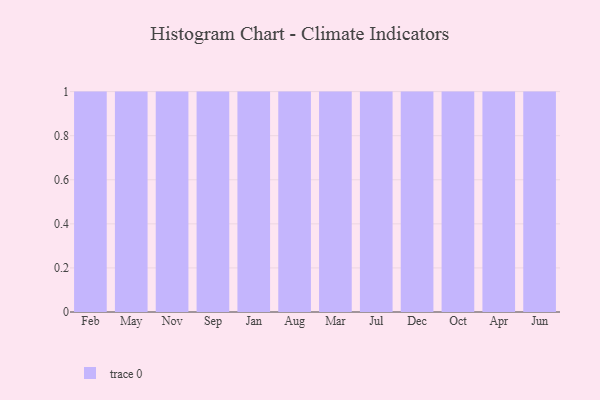
{"axis": {"x": "Month", "y": "Gross Profit (USD K)"}, "legend": [""], "data": [{"x": "Feb", "y": 62, "type": ""}, {"x": "May", "y": 40, "type": ""}, {"x": "Nov", "y": 42, "type": ""}, {"x": "Sep", "y": 40, "type": ""}, {"x": "Jan", "y": 77, "type": ""}, {"x": "Aug", "y": 96, "type": ""}, {"x": "Mar", "y": 19, "type": ""}, {"x": "Jul", "y": 23, "type": ""}, {"x": "Dec", "y": 5, "type": ""}, {"x": "Oct", "y": 17, "type": ""}, {"x": "Apr", "y": 71, "type": ""}, {"x": "Jun", "y": 35, "type": ""}]}